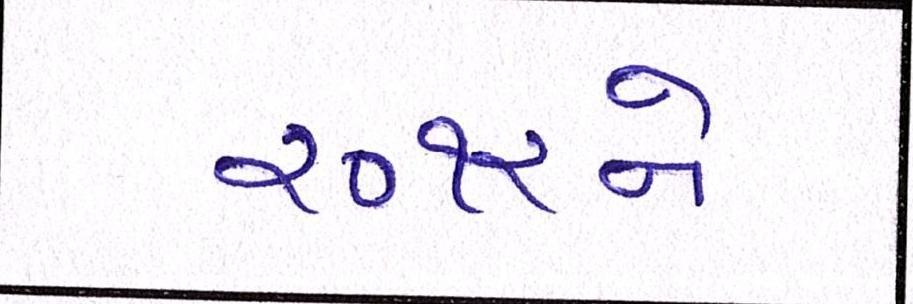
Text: ૨૦૧૨ને